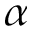
\alpha